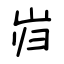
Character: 岿